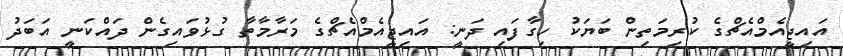
އައިޖީއެމްއެޗްގެ ކުރިމަތިން ބަޔަކު ހިގާފައި ދަނީ: އައިޖީއެމްއެޗްގެ މަރާމާތާ ގުޅުވައިގެން ދައްކަނީ އަބަދު